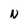
Character: N